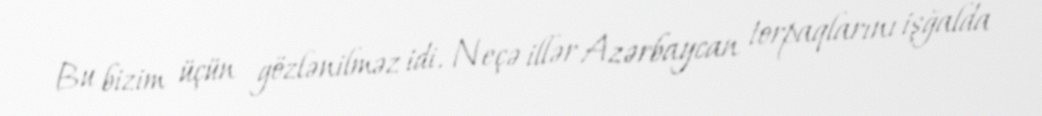
Bu bizim üçün gözlənilməz idi. Neçə illər Azərbaycan torpaqlarını işğalda